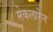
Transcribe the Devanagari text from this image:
मेकलारेन